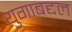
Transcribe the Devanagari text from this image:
युगाबद्दल